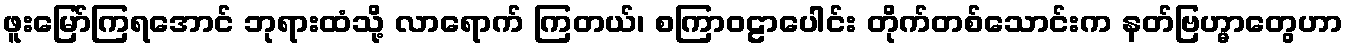
ဖူးမြော်ကြရအောင် ဘုရားထံသို့ လာရောက် ကြတယ်၊ စကြာဝဠာပေါင်း တိုက်တစ်သောင်းက နတ်ဗြဟ္မာတွေဟာ